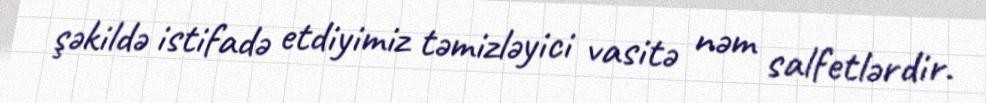
şəkildə istifadə etdiyimiz təmizləyici vasitə nəm salfetlərdir.